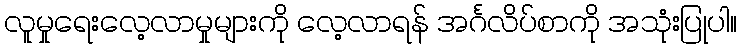
လူမှုရေးလေ့လာမှုများကို လေ့လာရန် အင်္ဂလိပ်စာကို အသုံးပြုပါ။